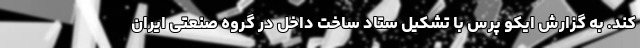
کند. به گزارش ایکو پرس با تشکیل ستاد ساخت داخل در گروه صنعتی ایران